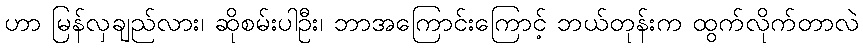
ဟာ မြန်လှချည်လား၊ ဆိုစမ်းပါဦး၊ ဘာအကြောင်းကြောင့် ဘယ်တုန်းက ထွက်လိုက်တာလဲ